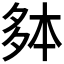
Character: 𫯐